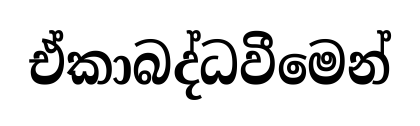
ඒකාබද්ධවීමෙන්